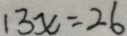
1 3 x = 2 6